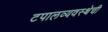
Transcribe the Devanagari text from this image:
टपालव्यवस्थेची